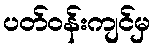
ပတ်ဝန်းကျင်မှ